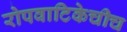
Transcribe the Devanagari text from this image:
रोपवाटिकेचीच